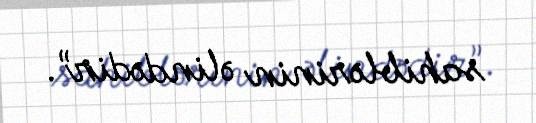
sahiblərinin əlindədir”.